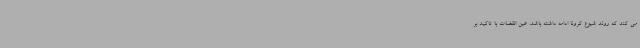
می کند که روند شیوع کرونا ادامه داشته باشد. عین القضات با تاکید بر